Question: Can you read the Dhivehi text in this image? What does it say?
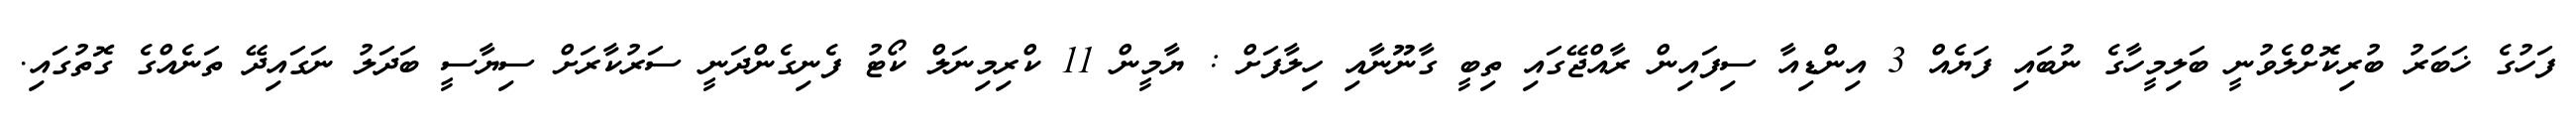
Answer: ފަހުގެ ޚަބަރު ބުރިކޮށްލެވުނީ ބަލިމީހާގެ ނުބައި ފަޔެއް 3 އިންޑިއާ ސިފައިން ރާއްޖޭގައި ތިބީ ގާނޫނާއި ހިލާފަށް : ޔާމީން 11 ކްރިމިނަލް ކޯޓު ފެނިގެންދަނީ ސަރުކާރަށް ސިޔާސީ ބަދަލު ނަގައިދޭ ތަނެއްގެ ގޮތުގައި.